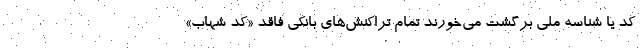
کد یا شناسه ملی برگشت می‌خورند تمام تراکنش‌های بانکی فاقد «کد شهاب»